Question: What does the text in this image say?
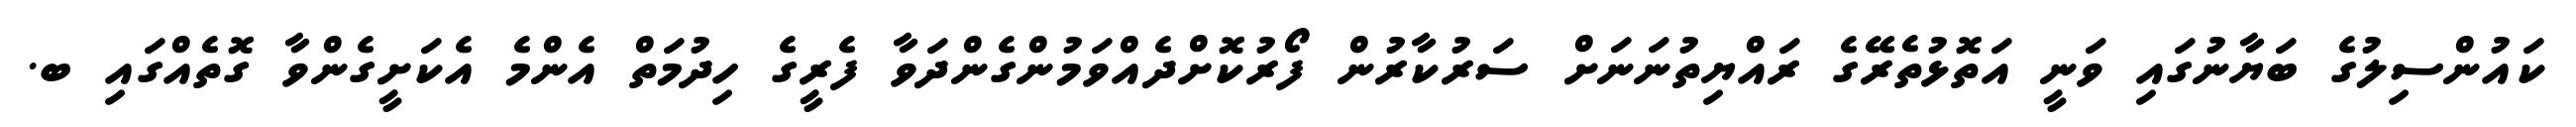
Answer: ކައުންސިލުގެ ބަޔާނުގައި ވަނީ އަތޮޅުތެރޭގެ ރައްޔިތުނަނަށް ސަރުކާރުން ފޯރުކޮށްދެއްވަމުންގެންދަވާ ފެރީގެ ހިދުމަތް އެންމެ އެކަށީގެންވާ ގޮތެއްގައި ބ.